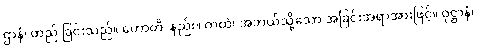
ဌာနံ၊ တည် ခြင်းသည်။ ဟောတိ၊ နည်း။ ကထံ၊ အဘယ်သို့သော အခြင်းအရာအားဖြင့်။ ဝုဋ္ဌာနံ၊